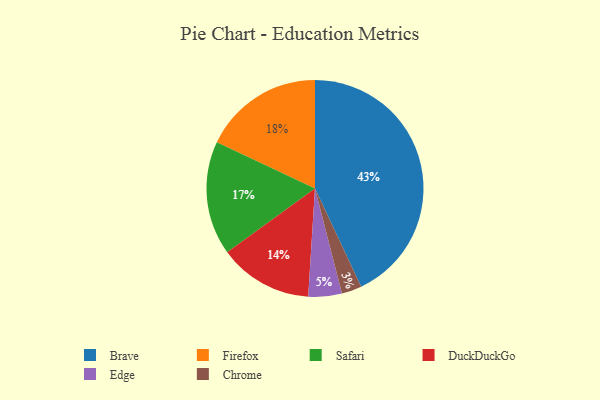
{"axis": {"x": "Category", "y": "Percentage"}, "legend": ["Brave", "Chrome", "DuckDuckGo", "Edge", "Firefox", "Safari"], "data": [{"x": "Firefox", "y": 18, "type": "Firefox"}, {"x": "Chrome", "y": 3, "type": "Chrome"}, {"x": "Brave", "y": 43, "type": "Brave"}, {"x": "DuckDuckGo", "y": 14, "type": "DuckDuckGo"}, {"x": "Edge", "y": 5, "type": "Edge"}, {"x": "Safari", "y": 17, "type": "Safari"}]}